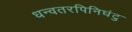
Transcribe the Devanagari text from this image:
धन्वतरपिनिघंटु